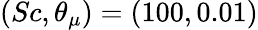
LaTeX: (Sc,\theta_{\mu})=(100,0.01)